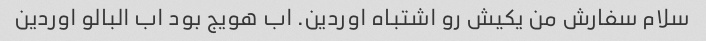
سلام سفارش من یکیش رو اشتباه اوردین. اب هویج بود اب البالو اوردین